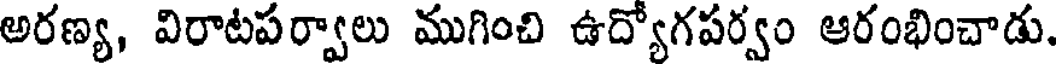
అరణ్య, విరాటపర్వాలు ముగించి ఉద్యోగపర్వం ఆరంభించాడు.